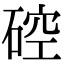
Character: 硿